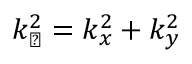
k _ { \perp } ^ { 2 } = k _ { x } ^ { 2 } + k _ { y } ^ { 2 }